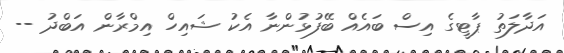
އަދާލަތު ޕާޓީގެ އިސް ބައެއް ބޭފުޅުންނާ އެކު ޝައިހް އިމްރާން އަބްދު --